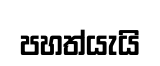
පහත්යැයි